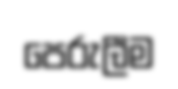
පෙරුලීම